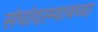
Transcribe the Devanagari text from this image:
संघांदरम्यानच्या